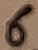
Text: 6